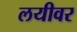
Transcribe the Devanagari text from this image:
लयीवर